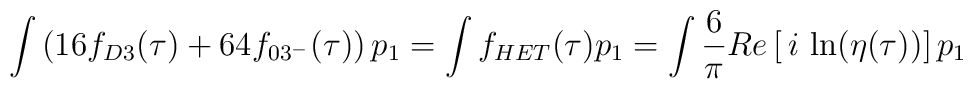
\int \left(16f_{D3}(\tau)+64f_{03^-}(\tau)\right)p_1=\int f_{HET}(\tau)p_1=\int \frac{6}{\pi}Re \left[ \, i \, \ln(\eta(\tau)) \right]p_1